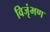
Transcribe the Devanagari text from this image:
विजृंभण